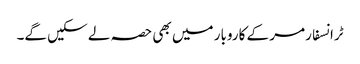
ٹرانسفارمر کے کاروبار میں بھی حصہ لے سکیں گے۔